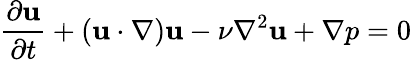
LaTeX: \frac{\partial{\mathbf u}}{\partial t}+({\mathbf u}\cdot\nabla){\mathbf u}-\nu\nabla^{2}{\mathbf u}+\nabla p=0